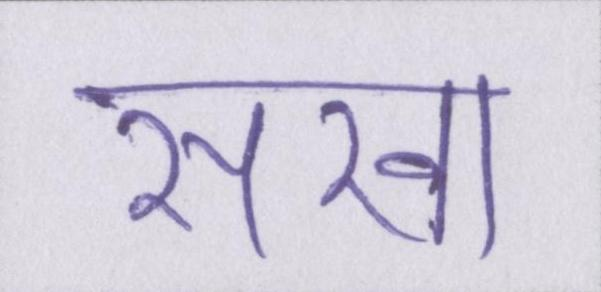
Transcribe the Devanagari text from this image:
सखा